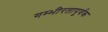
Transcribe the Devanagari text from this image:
गम्भीरतापूर्वक